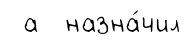
а назна́чил